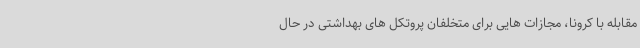
مقابله با کرونا، مجازات هایی برای متخلفان پروتکل های بهداشتی در حال